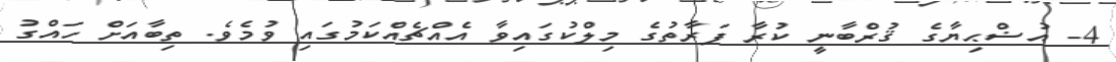
4- އުޟްޙިޔާގެ ޤުރްބާނީ ކުރާ ފަރާތުގެ މިލްކުގައިވާ އެއްޗެއްކަމުގައި ވުމެވެ. ތިބާއަށް ހައްގު